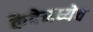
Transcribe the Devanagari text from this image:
कैदेमध्येच